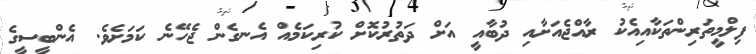
ފިލްމީތަރިންތަކާއިއެކު ރާއްޖެއަށާއި ދުބާއީ އަށް ދަތުރުކޮށް ކުރިކަމެއް އެނގެން ޖެހޭނެ ކަމަށެވެ. އެންބީސީގެ